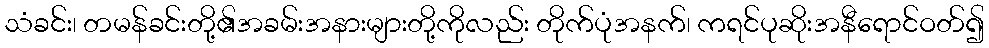
သံခင်း၊ တမန်ခင်းတို့၏အခမ်းအနားများတို့ကိုလည်း တိုက်ပုံအနက်၊ ကရင်ပုဆိုးအနီရောင်ဝတ်၍